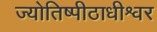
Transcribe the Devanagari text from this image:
ज्योतिष्पीठाधीश्वर